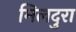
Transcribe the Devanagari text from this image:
मिलदुरा